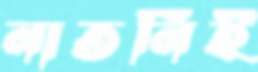
নাতনিই